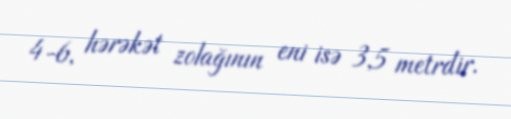
4-6, hərəkət zolağının eni isə 3,5 metrdir.